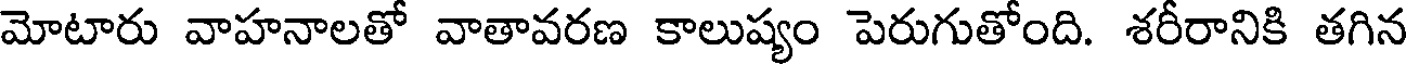
మోటారు వాహనాలతో వాతావరణ కాలుష్యం పెరుగుతోంది. శరీరానికి తగిన